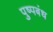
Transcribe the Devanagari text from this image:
पुष्पबंध